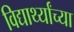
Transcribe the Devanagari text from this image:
विद्यार्थ्‍यांच्‍या